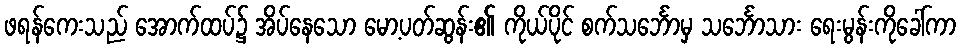
ဖရန်ကေးသည် အောက်ထပ်၌ အိပ်နေသော မော့ပတ်ဆွန်း၏ ကိုယ်ပိုင် စက်သင်္ဘောမှ သင်္ဘောသား ရေးမွန်းကိုခေါ်ကာ